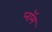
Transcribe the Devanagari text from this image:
प्नॉम